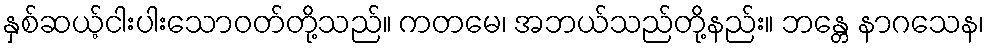
နှစ်ဆယ့်ငါးပါးသောဝတ်တို့သည်။ ကတမေ၊ အဘယ်သည်တို့နည်း။ ဘန္တေ နာဂသေန၊